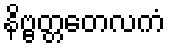
နိဗ္ဗတ္တတေလကံ